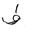
Letter: _fa